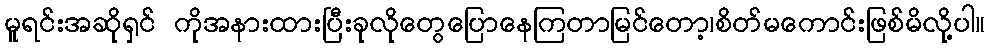
မူရင်းအဆိုရှင် ကိုအနားထားပြီးခုလိုတွေပြောနေကြတာမြင်တော့၊စိတ်မကောင်းဖြစ်မိလို့ပါ။